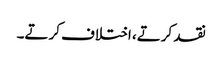
نقد کرتے، اختلاف کرتے۔